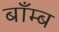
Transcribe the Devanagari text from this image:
बाँम्ब